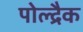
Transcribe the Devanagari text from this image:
पोल्द्रैक